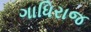
ગાધિરાજ